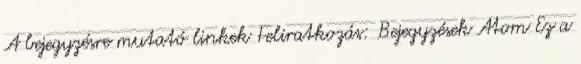
A bejegyzésre mutató linkek Feliratkozás: Bejegyzések Atom Ez a